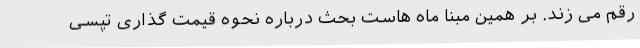
رقم می زند. بر همین مبنا ماه هاست بحث درباره نحوه قیمت گذاری تپسی